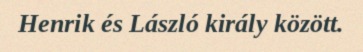
Henrik és László király között.